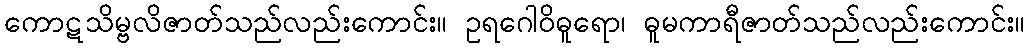
ကောဋသိမ္ဗလိဇာတ်သည်လည်းကောင်း။ ဥရဂေါဝိဓူရော၊ ဓူမကာရီဇာတ်သည်လည်းကောင်း။